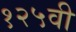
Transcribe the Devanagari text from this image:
१२५वी